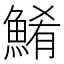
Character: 𲌹